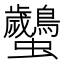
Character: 𧖠